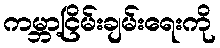
ကမ္ဘာ့ငြိမ်းချမ်းရေးကို